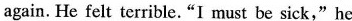
again. He felt terrible."I must be sick,"he